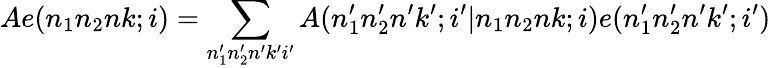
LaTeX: Ae(n_{1}n_{2}nk;i)=\sum_{n_{1}^{\prime}n_{2}^{\prime}n^{\prime}k^{\prime}i^{\prime}}A(n_{1}^{\prime}n_{2}^{\prime}n^{\prime}k^{\prime};i^{\prime}|n_{1}n_{2}nk;i)e(n_{1}^{\prime}n_{2}^{\prime}n^{\prime}k^{\prime};i^{\prime})